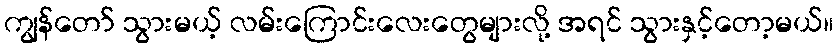
ကျွန်တော် သွားမယ့် လမ်းကြောင်းလေးတွေများလို့ အရင် သွားနှင့်တော့မယ်။